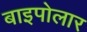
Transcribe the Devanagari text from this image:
बाइपोलार